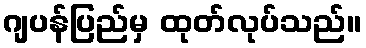
ဂျပန်ပြည်မှ ထုတ်လုပ်သည်။